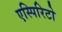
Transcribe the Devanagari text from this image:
एस्पिरिटो